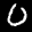
Label: 0